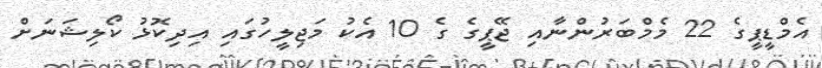
އެމްޑީޕީގެ 22 މެމްބަރުންނާއި ޖޭޕީގެ ގެ 10 އެކު މަޖިލީހުގައި އިދިކޮޅު ކޯލިޝަނަށް